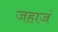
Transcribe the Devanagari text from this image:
जहाजं